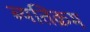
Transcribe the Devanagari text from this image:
ब्यतिक्रम